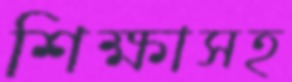
শিক্ষাসহ